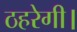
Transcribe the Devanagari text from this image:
ठहरेगी।